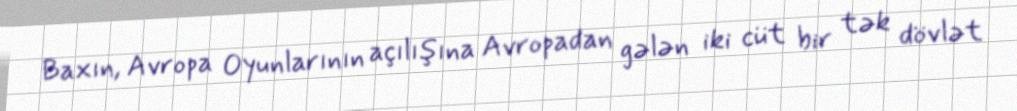
Baxın, Avropa Oyunlarının açılışına Avropadan gələn iki cüt bir tək dövlət